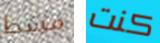
مشط كنت